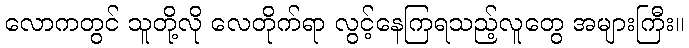
လောကတွင် သူတို့လို လေတိုက်ရာ လွင့်နေကြရသည့်လူတွေ အများကြီး။